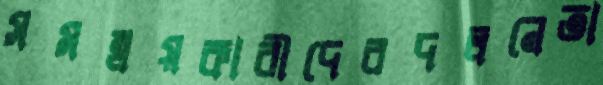
সমন্বয়কারীদেরদলনেতা